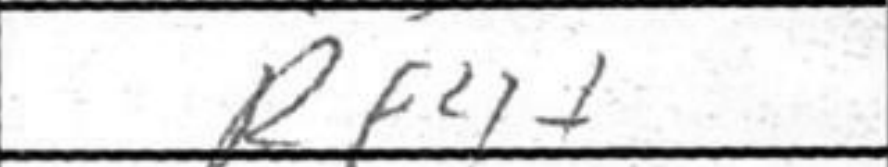
Transcription: Rf4+